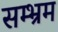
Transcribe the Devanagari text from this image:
सम्भ्रम